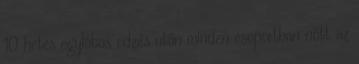
10 hetes egylábas edzés után minden csoportban nőtt az